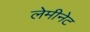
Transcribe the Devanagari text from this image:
लेमीनेट